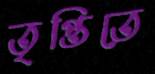
তৃপ্তিতে